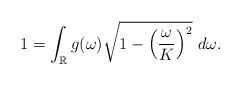
LaTeX: \begin{align*} 1= \int_{\mathbb R} g(\omega) \sqrt{1- \left(\frac{\omega}{K}\right)^2} ~ d\omega. \end{align*}